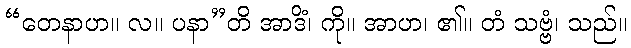
“တေနာဟ။ လ။ ပနာ”တိ အာဒိံ၊ ကို။ အာဟ၊ ၏။ တံ သဗ္ဗံ၊ သည်။